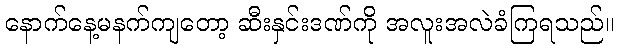
နောက်နေ့မနက်ကျတော့ ဆီးနှင်းဒဏ်ကို အလူးအလဲခံကြရသည်။